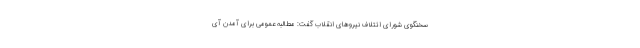
سخنگوی شورای ائتلاف نیروهای انقلاب گفت: مطالبه عمومی برای آمدن آی